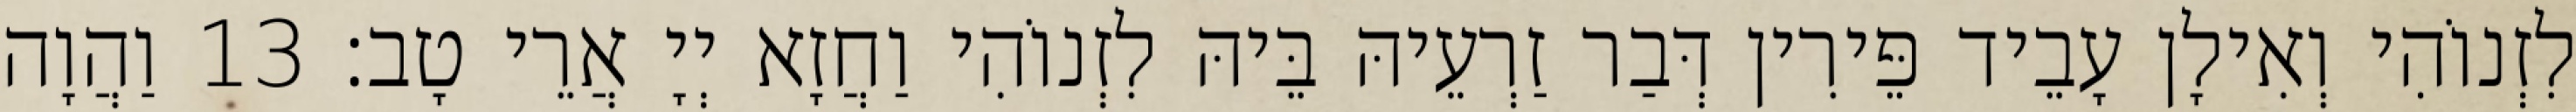
לִזְנוֹהִי וְאִילָן עָבֵיד פֵּירִין דְּבַר זַרְעֵיהּ בֵּיהּ לִזְנוֹהִי וַחֲזָא יְיָ אֲרֵי טָב׃ 13 וַהֲוָה